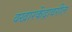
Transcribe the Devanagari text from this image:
वखारकेंद्रावरील